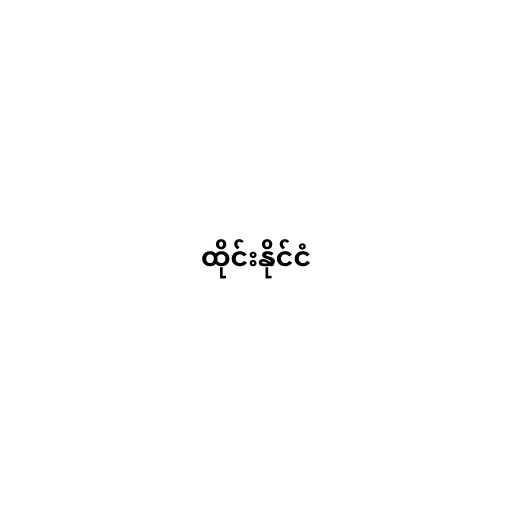
ထိုင်းနိုင်ငံ